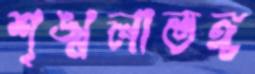
শৃঙ্খলাভঙ্গ